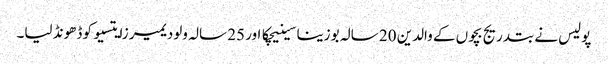
پولیس نے بتدریج بچوں کے والدین 20 سالہ بوزینا سینیچکا اور 25 سالہ ولودیمیر زایتسیو کو ڈھونڈ لیا۔